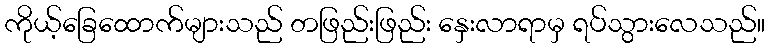
ကိုယ့်ခြေထောက်များသည် တဖြည်းဖြည်း နှေးလာရာမှ ရပ်သွားလေသည်။